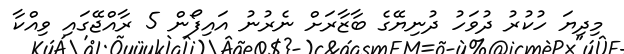
މިދިޔަ ހުކުރު ދުވަހު ދުނިޔޭގެ ބާޒާރަށް ނެރުނު އައިފޯން 5 ރާއްޖޭގައި ވިއްކާ